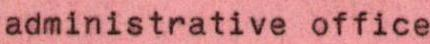
administrative office